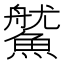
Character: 𩺔